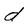
Character: d